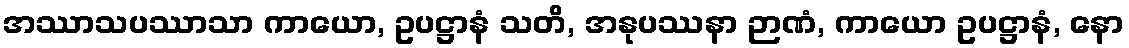
အဿာသပဿာသာ ကာယော, ဥပဋ္ဌာနံ သတိ, အနုပဿနာ ဉာဏံ, ကာယော ဥပဋ္ဌာနံ, နော